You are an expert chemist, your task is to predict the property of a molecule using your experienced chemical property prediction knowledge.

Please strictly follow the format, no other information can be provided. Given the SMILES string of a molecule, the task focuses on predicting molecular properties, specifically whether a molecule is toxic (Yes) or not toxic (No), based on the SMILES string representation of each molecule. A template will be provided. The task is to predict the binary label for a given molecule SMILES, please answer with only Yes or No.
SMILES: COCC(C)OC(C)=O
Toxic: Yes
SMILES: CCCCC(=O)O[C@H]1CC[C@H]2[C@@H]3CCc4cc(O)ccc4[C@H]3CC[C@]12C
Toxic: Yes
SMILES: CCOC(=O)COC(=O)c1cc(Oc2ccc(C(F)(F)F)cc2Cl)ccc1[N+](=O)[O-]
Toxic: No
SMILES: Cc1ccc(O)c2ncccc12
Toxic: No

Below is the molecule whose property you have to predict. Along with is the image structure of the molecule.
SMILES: CC(C)CP(=S)([S-])CC(C)C
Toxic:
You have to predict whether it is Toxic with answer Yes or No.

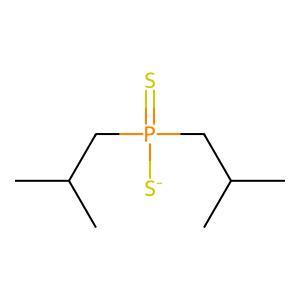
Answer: No